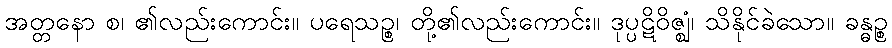
အတ္တနော စ၊ ၏လည်းကောင်း။ ပရေသဉ္စ၊ တို့၏လည်းကောင်း။ ဒုပ္ပဋိဝိဇ္ဈံ၊ သိနိုင်ခဲသော။ ခန္ဓဉ္စ